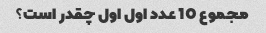
مجموع 10 عدد اول اول چقدر است؟